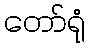
တော်ရုံ